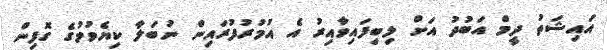
އައިޝަތު ދީމް އަބުދު އަށް ލިބިފައިވާއިރު އެ އުމުރުފުރައިން ނުބަލާ ކިޔެވުމުގެ ގޮފިން